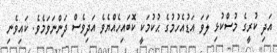
އަދި ކުރީގެ މުސްކުޅި ލަވަ އަޑުއެހުމުގެ ޙުކުމަކީ ކޮބައިހެއްޔެވެ އަދިވެސް ދަންނަވަމެވެ. ކައިވެނި